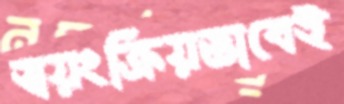
স্বয়ংক্রিয়ভাবেই